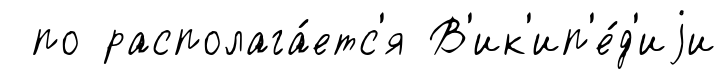
по располага́етс'я В'ик'ип'е́д'иjи